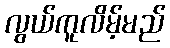
လွယ်ကူလိမ့်မည်